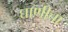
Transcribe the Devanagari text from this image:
घाणीचा